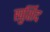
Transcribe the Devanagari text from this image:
खुर्शिद